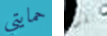
حمايتي تكون